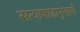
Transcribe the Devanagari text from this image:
सत्याषाढानुसारी